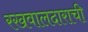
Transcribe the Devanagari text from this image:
रखवालदाराची